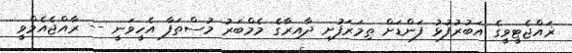
ޜައްޖެޓީވީގެ އަބުރުފުޅު ފަންޑަށް ތިމަރަފުށި ދާއިރާގެ މެމްބަރު މުސްތަފާ އެހީވަނީ -- ރާއްޖެއެމްވީ